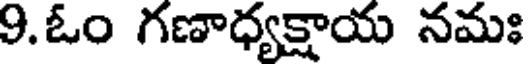
9.ఓం గణాధ్యక్షాయ నమః